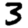
Digit: 3